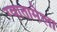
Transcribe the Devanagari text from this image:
ग्वातामेला